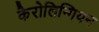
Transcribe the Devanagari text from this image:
कैरोलिन्गियन